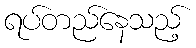
ရပ်တည်နေသည့်